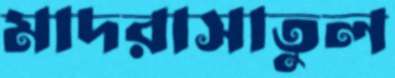
মাদরাসাতুল